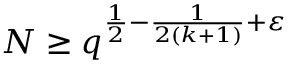
N \geq q ^ { { \frac { 1 } { 2 } } - { \frac { 1 } { 2 ( k + 1 ) } } + \varepsilon }